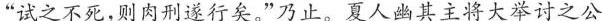
”试之不死，则肉刑遂行矣。”乃止。夏人幽其主将大举讨之公